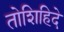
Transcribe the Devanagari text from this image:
तोशिहिदे